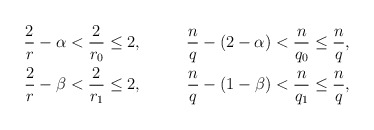
\begin{align*}\begin{aligned}\frac{2}{r}-\alpha &< \frac{2}{r_0} \leq 2,&\qquad\frac{n}{q}-(2-\alpha) &< \frac{n}{q_0} \leq \frac{n}{q},\\\frac{2}{r}-\beta &< \frac{2}{r_1} \leq 2,&\qquad\frac{n}{q}-(1-\beta) &< \frac{n}{q_1} \leq \frac{n}{q},\end{aligned}\end{align*}